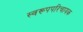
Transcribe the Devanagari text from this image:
स्वरूपपरिचायक